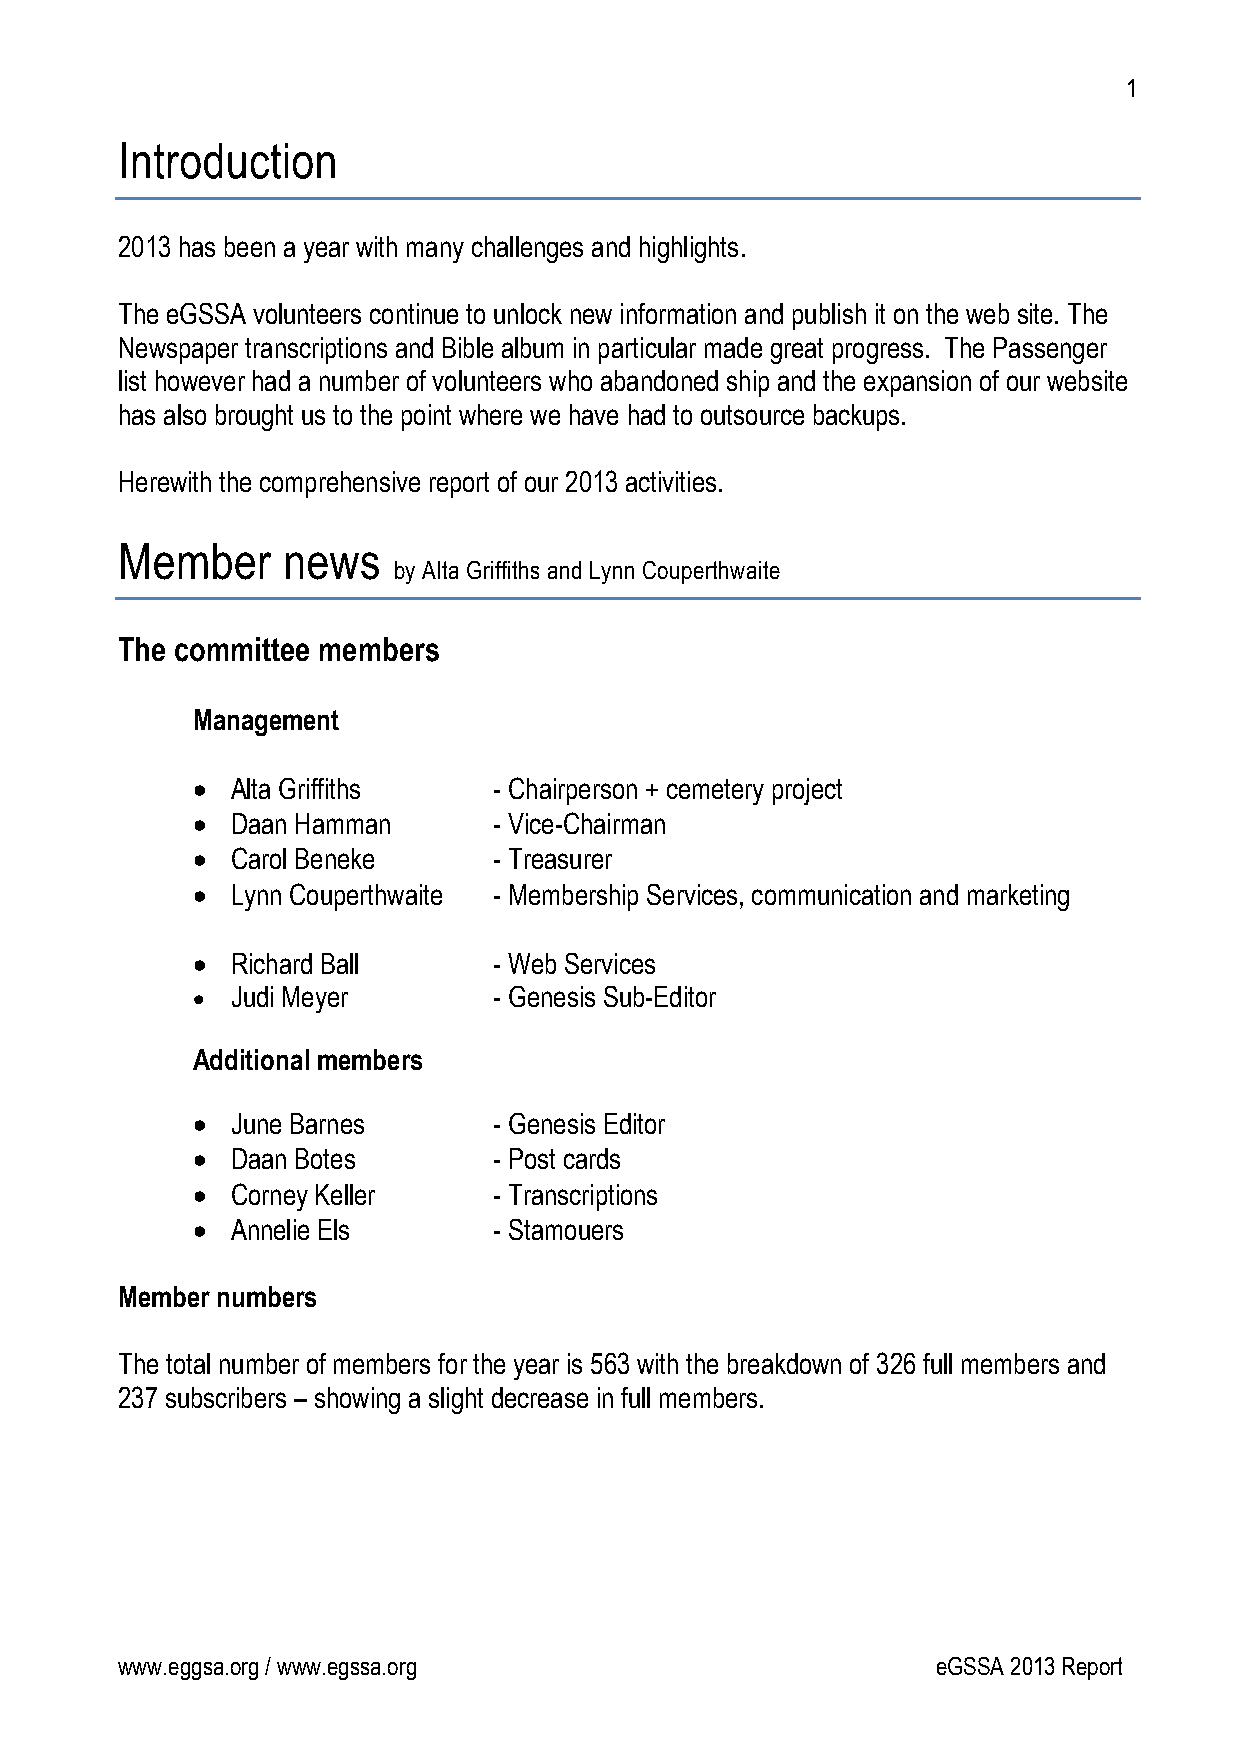
1
 Introduction
 2013 has been a year with many challenges and highlights.
 The eGSSA volunteers continue to unlock new information and publish it on the web site. The
 Newspaper transcriptions and Bible album in particular made great progress. The Passenger
 list however had a number of volunteers who abandoned ship and the expansion of our website
 has also brought us to the point where we have had to outsource backups.
 Herewith the comprehensive report of our 2013 activities.
 Member     news
 by Alta Griffiths and Lynn Couperthwaite
 The committee members
 Management
  Alta Griffiths    - Chairperson + cemetery project
  Daan Hamman       - Vice-Chairman
  Carol Beneke      - Treasurer
  Lynn Couperthwaite - Membership Services, communication and marketing
  Richard Ball      - Web Services
  Judi Meyer        - Genesis Sub-Editor
 Additional members
  June Barnes       - Genesis Editor
  Daan Botes        - Post cards
  Corney Keller     - Transcriptions
  Annelie Els       - Stamouers
 Member numbers
 The total number of members for the year is 563 with the breakdown of 326 full members and
 237 subscribers – showing a slight decrease in full members.
 www.eggsa.org / www.egssa.org                         eGSSA 2013 Report